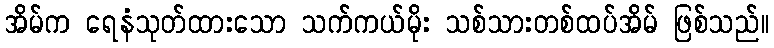
အိမ်က ရေနံသုတ်ထားသော သက်ကယ်မိုး သစ်သားတစ်ထပ်အိမ် ဖြစ်သည်။